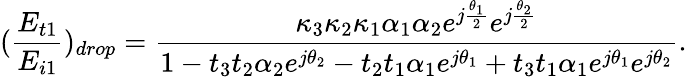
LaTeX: (\frac{E_{t1}}{E_{i1}})_{drop}=\frac{\kappa_{3}\kappa_{2}\kappa_{1}\alpha_{1}\alpha_{2}e^{j\frac{\theta_{1}}{2}}e^{j\frac{\theta_{2}}{2}}}{1-t_{3}t_{2}\alpha_{2}e^{j\theta_{2}}-t_{2}t_{1}\alpha_{1}e^{j\theta_{1}}+t_{3}t_{1}\alpha_{1}e^{j\theta_{1}}e^{j\theta_{2}}}.